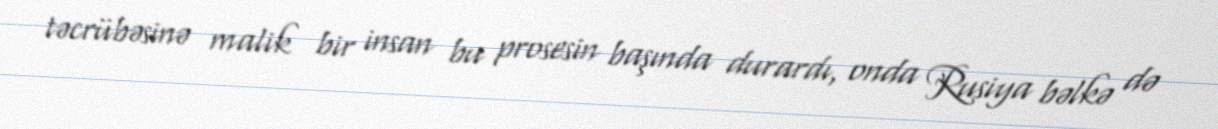
təcrübəsinə malik bir insan bu prosesin başında durardı, onda Rusiya bəlkə də